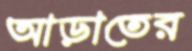
আড়াতের